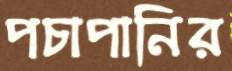
পচাপানির